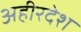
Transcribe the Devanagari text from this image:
अहीरदेश